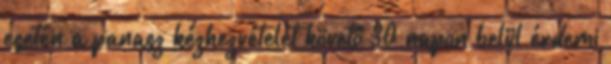
esetén a panasz kézhezvételét követő 30 napon belül érdemi